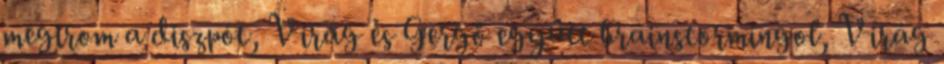
megírom a diszpót, Virág és Gergő együtt brainstormingol, Virág